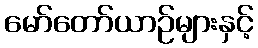
မော်တော်ယာဉ်များနှင့်